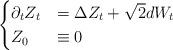
LaTeX: \begin{align*}\begin{cases}\partial_t Z_t &= \Delta Z_t + \sqrt{2} d W_t\\Z_0 &\equiv 0\end{cases}\end{align*}